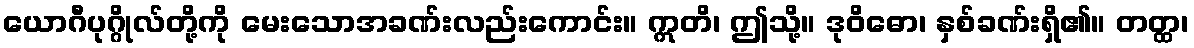
ယောဂီပုဂ္ဂိုလ်တို့ကို မေးသောအခဏ်းလည်းကောင်း။ ဣတိ၊ ဤသို့။ ဒုဝိဓော၊ နှစ်ခဏ်းရှိ၏။ တတ္ထ၊